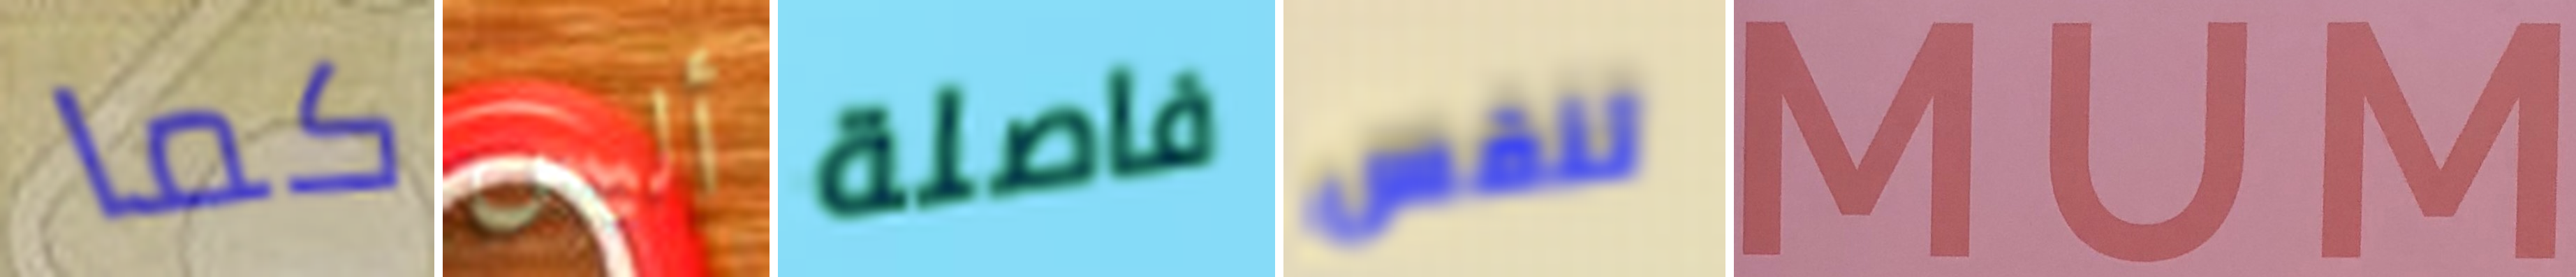
كما أليس فاصلة تنفس MUM